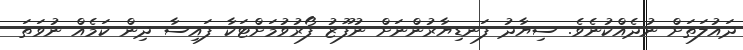
ދައުލަތަށް ނުދެއްކުނެވެ. ސިޔާދު ފަނޑިޔާރުންނަށް ނުފޫޒު ފޯރުވުމަށްޓަކާ ފައިސާ ދިން ކަމެއް ނުވަތަ